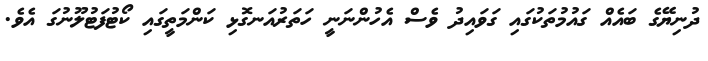
ދުނިޔޭގެ ބައެއް ގައުމުތަކުގައި ގަވައިދު ވެސް އެހުންނަނީ ހަތަރުއަނގޮޅި ކަންމަތީގައި ކޯޓުފަޓުލޫނުގަ އެވެ.